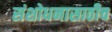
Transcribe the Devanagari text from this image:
संशोधनासाठीच